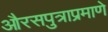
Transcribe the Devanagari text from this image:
औरसपुत्राप्रमाणे